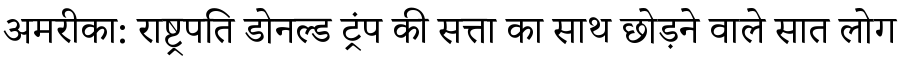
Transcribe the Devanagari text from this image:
अमरीका: राष्ट्रपति डोनल्ड ट्रंप की सत्ता का साथ छोड़ने वाले सात लोग